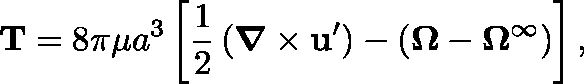
\mathbf { T } = 8 \pi \mu a ^ { 3 } \left[ { \frac { 1 } { 2 } } \left( { \boldsymbol { \nabla } } \times \mathbf { u } ^ { \prime } \right) - ( \mathbf { \Omega } - \mathbf { \Omega } ^ { \infty } ) \right] ,